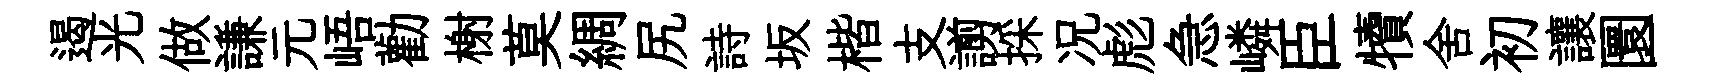
遏光做謙元峿勸榭莫綢尻詩坂楷支謭採况彪急嶙臣犢舍初讓圜